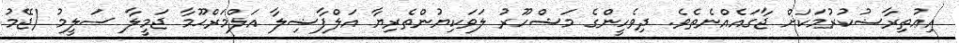
އިޢުތިރާޟުކުރުމަކަށް ޖާގައެއްނެތެވެ. ދިވެހީންގެ މަޝްހޫރު ލަވަކިޔުންތެރިޔާ އަލްފާޟިލާ އަލްމަރްޙޫމާ ޖަމީލާ ސަލީމު (ޖޭމު